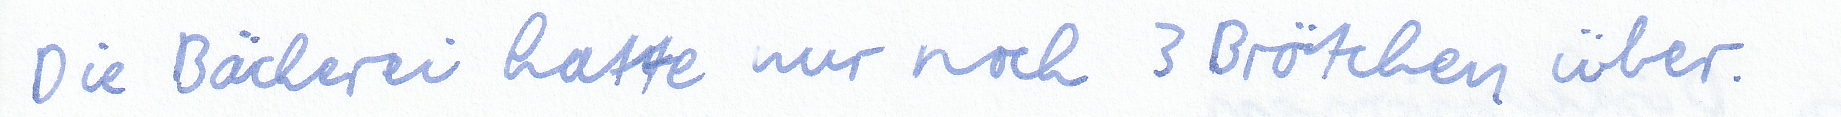
Die Bäckerei hatte nur noch 3 Brötchen über.